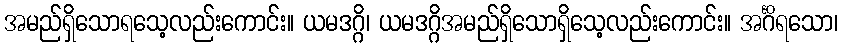
အမည်ရှိသောရသေ့လည်းကောင်း။ ယမဒဂ္ဂိ၊ ယမဒဂ္ဂိအမည်ရှိသောရှိသေ့လည်းကောင်း။ အင်္ဂိရသော၊